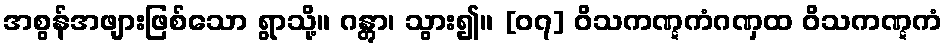
အစွန်အဖျားဖြစ်သော ရွာသို့။ ဂန္တွာ၊ သွား၍။ [၀၇] ဝိသကဏ္ဋကံဂဏှထ ဝိသကဏ္ဋကံ